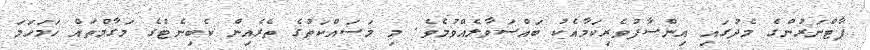
ޕާޓްނަރުންގެ މެދުގައި އިންސާފުވެރިކަމާއެކު ބައްސަވާލެއްވުމެވެ. މި މަސައްކަތުގެ ތެރެއިން ކެބިނެޓްގެ މަގާމްތައް ހަމަހަމަ